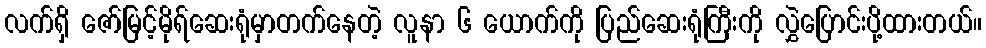
လက်ရှိ ဇော်မြင့်မိုရ်ဆေးရုံမှာတက်နေတဲ့ လူနာ ၆ ယောက်ကို ပြည်ဆေးရုံကြီးကို လွှဲပြောင်းပို့ထားတယ်။